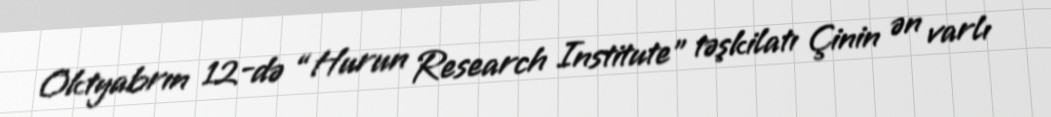
Oktyabrın 12-də “Hurun Research Institute” təşkilatı Çinin ən varlı